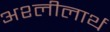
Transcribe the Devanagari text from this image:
अश्लीलार्थ